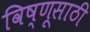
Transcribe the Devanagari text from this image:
विष्णूसाठी